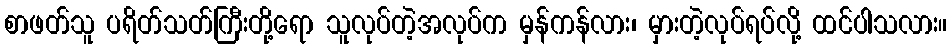
စာဖတ်သူ ပရိတ်သတ်ကြီးတို့ရော သူလုပ်တဲ့အလုပ်က မှန်ကန်လား၊ မှားတဲ့လုပ်ရပ်လို့ ထင်ပါသလား။